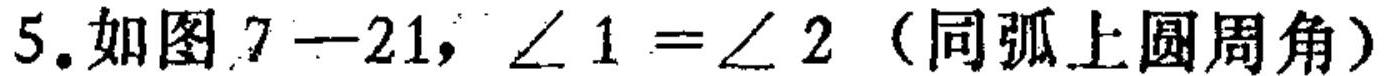
5.如图\(7 - 21\)，\(\angle 1=\angle 2\) (同弧上圆周角)